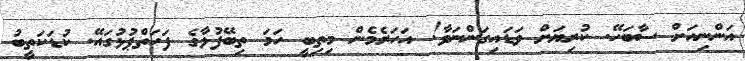
އަންނިއަށް ސާބަހޭ. ކުރިޔަށް ވަޑައިގަންނަވާ! އަހަރެމެން މިތިބީ ހަމަ ތިބޭފުޅާގެ ފަހަތްޕުޅުގައޭ. ކުޑަކަތީބު